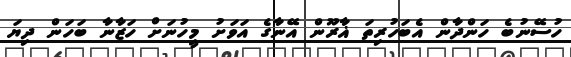
ހުސޭނުބެ ހަންދާން އެބަހުރިތަ ޣާރޫން އޭނާގެ އަވަށު މީހުނަށް ހަޒާނާ ބަހަން ދިޔަ